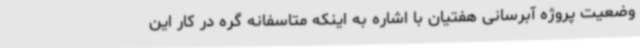
وضعیت پروژه آبرسانی هفتیان با اشاره به اینکه متاسفانه گره در کار این